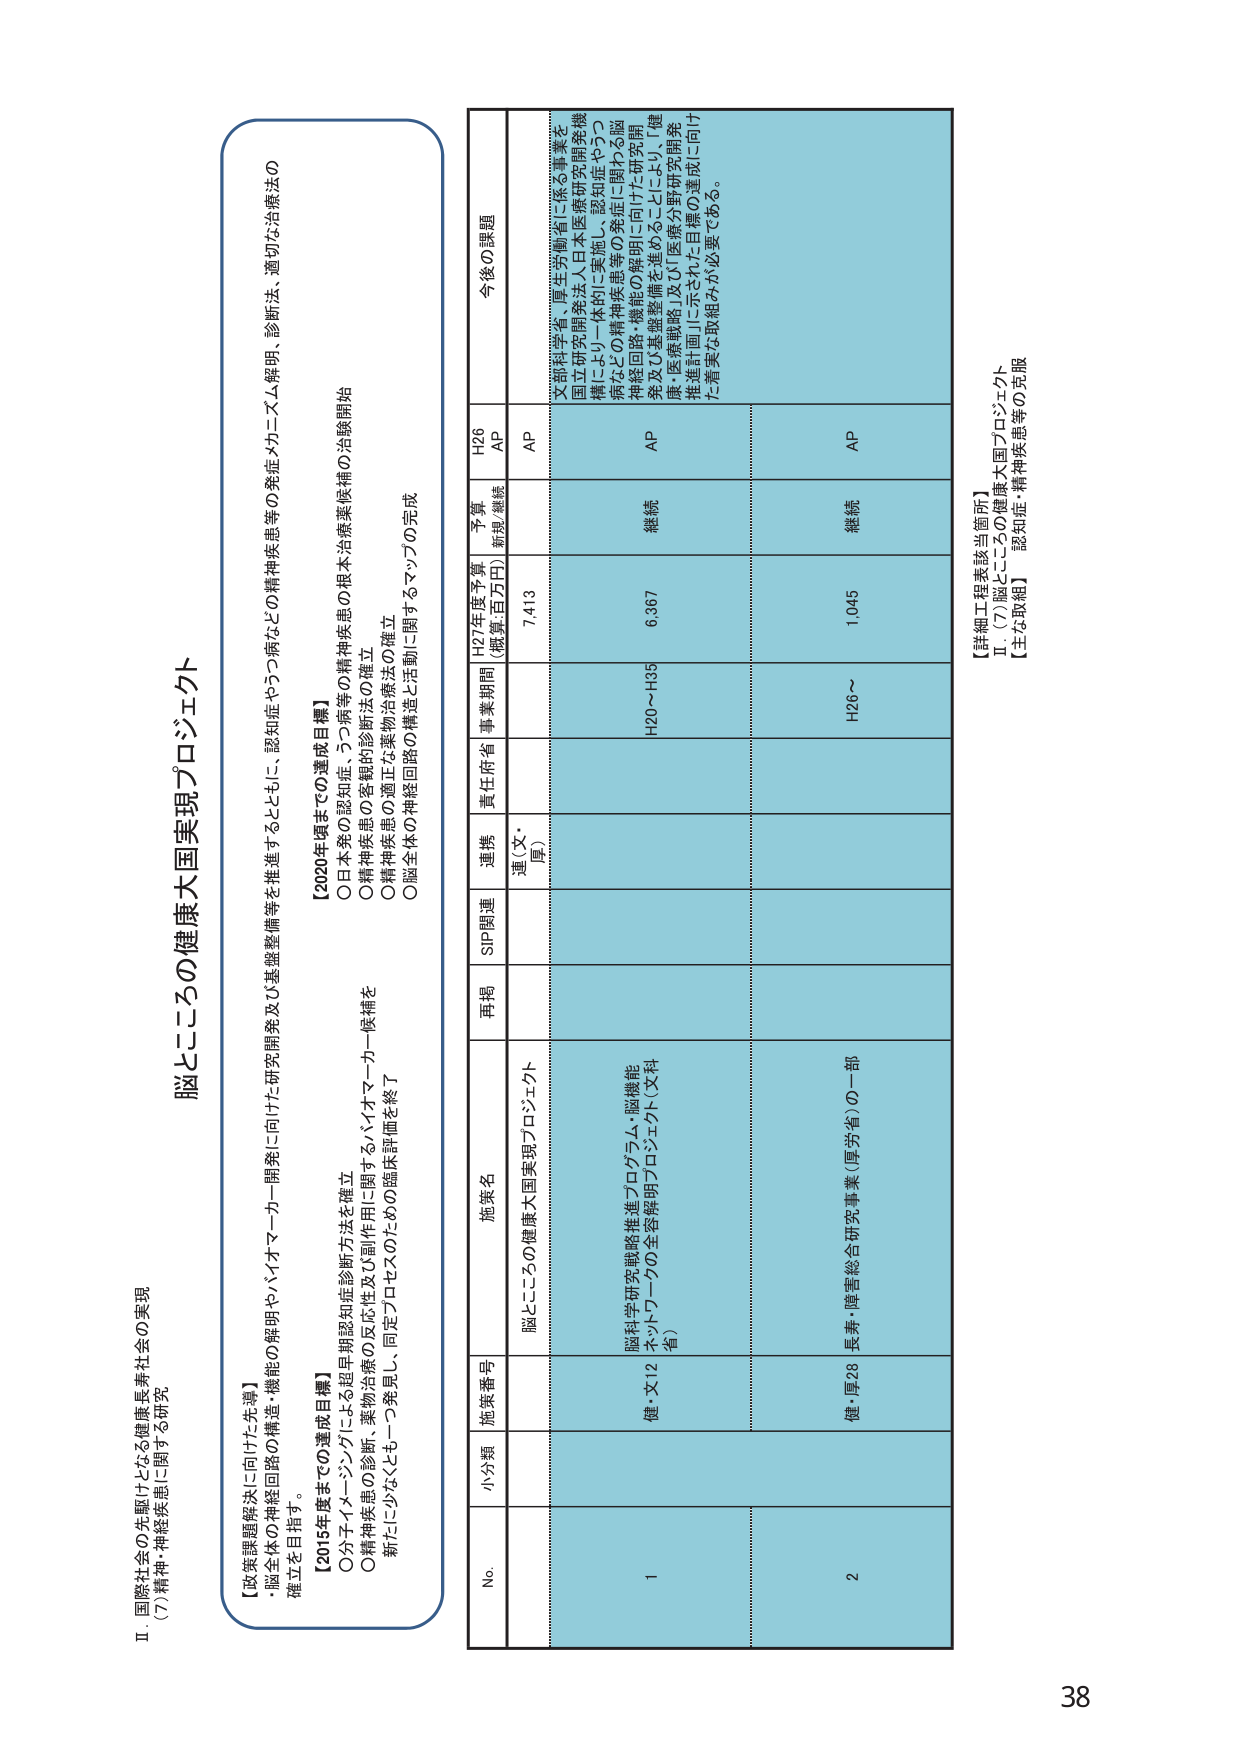
II 国際社会の先駆けとなる健康長寿社会の実現
(7) 精神・神経疾患に関する研究

脳とこころの健康大国実現プロジェクト

【政策課題解決に向けた先導】
・脳全体の神経回路の構造・機能の解明やバイオマーカー開発に向けた研究開発及び基礎整備等を推進するとともに、認知症やうつ病などの精神疾患等の発症メカニズム解明、診断法、適切な治療法の確立を目指す。

【2015年度まででの達成目標】
〇分子イメージングによる超早期認知症診断方法を確立
〇精神疾患の診断、薬物治療の反応性及び副作用に関するバイオマーカー候補を新たに少なくとも一つ発見し、同定プロセスのための臨床評価を終了

【2020年度まででの達成目標】
〇日本発の認知症、うつ病等の精神疾患の根本治療薬候補の治験開始
〇精神疾患の客観的診断法の確立
〇精神疾患の適正な薬物治療法の確立
〇脳全体の神経回路の構造と活動に関するマップの完成

No. 小分類 施策番号 施策名 再掲 SIP関連 連携 責任府省 事業期間 H27年度予算 (概算・百万円) 予算 新規/継続 H26 AP 今後の課題

1 健・文12 脳科学研究戦略推進プログラム・脳機能ネットワークの全容解明プロジェクト（文科省） 脳とこころの健康大国実現プロジェクト 連（文・厚） H20～H35 6,367 継続 AP 文部科学省、厚生労働省に係る事業を国立研究開発法人日本医療研究開発機構により一体的に実施し、認知症やうつ病などの精神疾患等の発症に関わる脳神経回路・機能の解明に向けた研究開発及び基盤整備を進めるることにより、「健康・医療戦略」及び「UT医療分野研究開発推進計画」に示された目標の達成に向けた着実な取組みが必要である。

2 健・厚28 医薬・障害総合研究事業（厚労省）の一部 H26～ 1,045 継続 AP

【詳細工程表該当箇所】
Ⅱ (7) 脳とこころの健康大国プロジェクト
【主な取組】 認知症・精神疾患等の克服

38